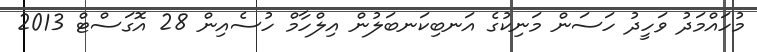
މުހައްމަދު ވަހީދު ހަސަން މަނިކުގެ އަނބިކަނބަލުން އިލްހާމް ހުސެއިން 28 އޮގަސްޓް 2013